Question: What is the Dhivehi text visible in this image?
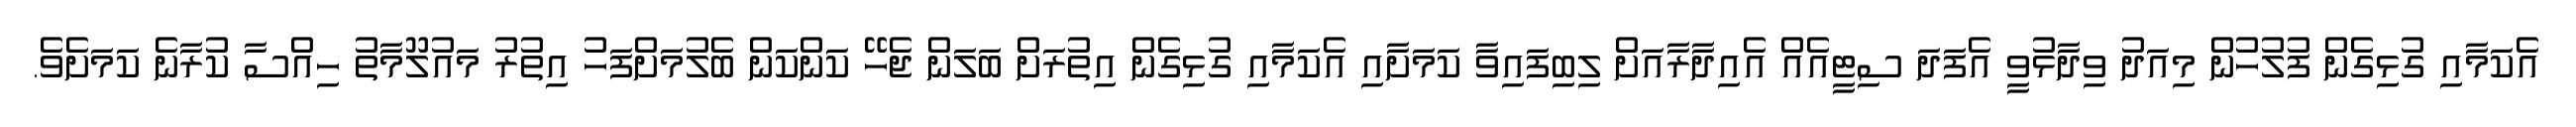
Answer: އެކަމާއި ގުޅިގެން ފުލުހުން މިއަދު ވިދާޅުވީ އެފަދަ ސިޓީއެއް އެއިދާރާއަށް ލިބިފައިވާ ކަމަށާއި އެކަމާއި ގުޅިގެން އިތުރަށް ބަލަން ޖެހޭ ކަންކަން ބެލުމަށްފަހު އިތުރު މައުލޫމާތު ހިއްސާ ކުރާނެ ކަމަށެވެ.